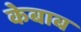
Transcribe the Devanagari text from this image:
केबाब